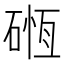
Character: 𥔂